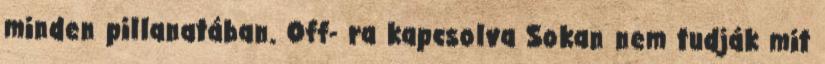
minden pillanatában. Off- ra kapcsolva Sokan nem tudják mit